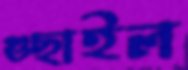
গুছাইল